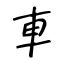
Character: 車